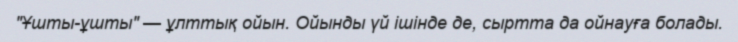
"Ұшты-ұшты" — ұлттық ойын. Ойынды үй ішінде де, сыртта да ойнауға болады.